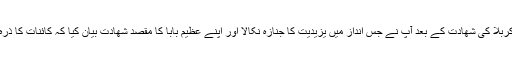
پھر والد گرامی اور شھدائے کربلا کی شھادت کے بعد آپ نے جس انداز میں یزیدیت کا جنازہ نکالا اور اپنے عظیم بابا کا مقصد شھادت بیان کیا کہ کائنات کا ذرہ ذرہ بول اٹھا سید سجاد (ع) !